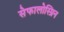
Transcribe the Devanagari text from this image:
सेफालोस्प्रिन